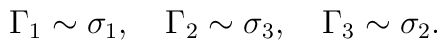
\Gamma _1\sim \sigma _1,\quad \Gamma _2\sim \sigma _3,\quad\Gamma _3\sim \sigma _2.